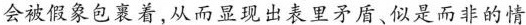
会被假象包裹着,从而显现出表里矛盾、似是而非的情